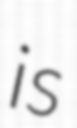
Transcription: is